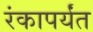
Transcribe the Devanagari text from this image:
रंकापर्यंत